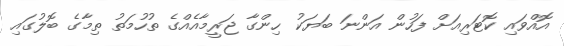
އޮއްވައި ކޮޓަރިއަށް ފަހުން އަންނަ ބަޔަކު ހިންގާ ޖަރީމާއެއްގެ ތުހުމަތު ތިމާގެ ބޮލުގައި